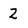
Character: 2